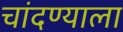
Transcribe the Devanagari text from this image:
चांदण्याला